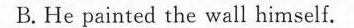
C.He will paint the wall again.